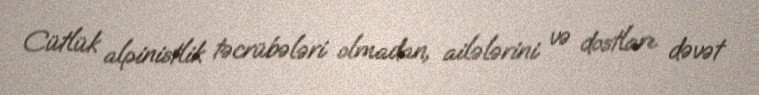
Cütlük alpinistlik təcrübələri olmadan, ailələrini və dostları dəvət